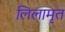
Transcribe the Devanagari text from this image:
लिलामृत